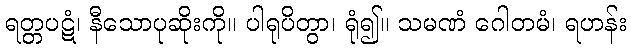
ရတ္တပဋံ၊ နီသောပုဆိုးကို။ ပါရုပိတွာ၊ ရုံ၍။ သမဏံ ဂေါတမံ၊ ရဟန်း